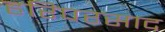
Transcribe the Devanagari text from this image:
हरिपरसाद